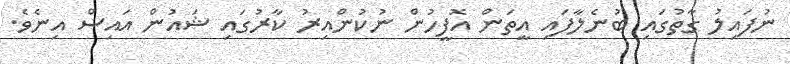
ނުފައިލު ގާތުގައި ބުނެލާފައި އީތަން އޮފީހުން ނުކުންއިރު ކާރުގައި ޝައުން އައިސް އިނެވެ.